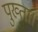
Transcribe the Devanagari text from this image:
पुख्ता।